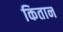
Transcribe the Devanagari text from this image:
कितान